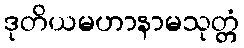
ဒုတိယမဟာနာမသုတ္တံ